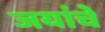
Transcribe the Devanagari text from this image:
जयांचे